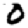
Digit: 0